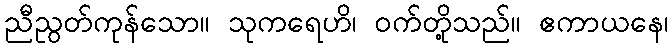
ညီညွတ်ကုန်သော။ သုကရေဟိ၊ ဝက်တို့သည်။ ဧကာယနေ၊